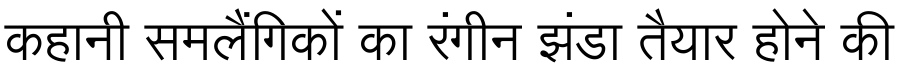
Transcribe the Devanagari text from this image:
कहानी समलैंगिकों का रंगीन झंडा तैयार होने की